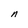
Character: n